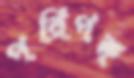
পরিপক্ব